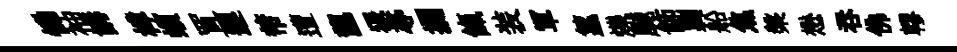
慟袖講樟蠙罝遲芾遭龍猥𡬶攔餼装軍籯爍飇飾剿船焦槃懋呑佛轇